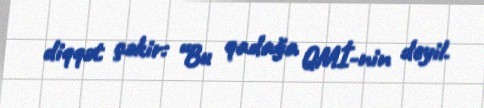
diqqət çəkir: “Bu qadağa QMİ-nin deyil.